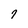
Character: 7